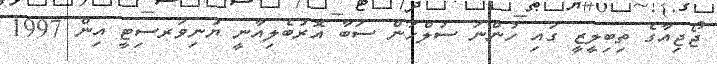
ޖޯޖިއާގެ ތިބިލީޒީ ގައި ހުންނަ ސުލްހަން ސަބާ އޮރުބެލިއާނީ ޔުނިވަރސިޓީ އިން 1997